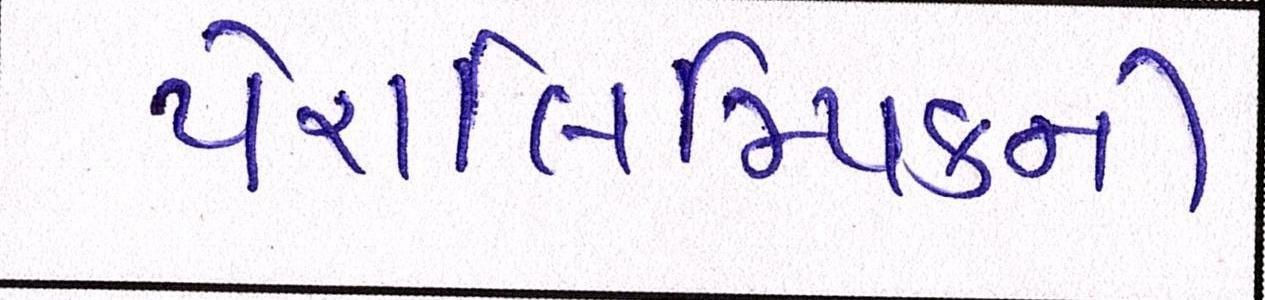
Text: પેરાલિમ્પિકની